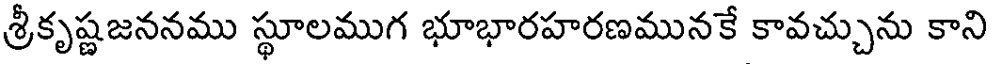
శ్రీకృష్ణజననము స్థూలముగ భూభారహరణమునకే కావచ్చును కాని